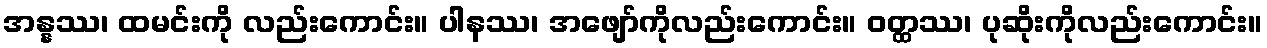
အန္နဿ၊ ထမင်းကို လည်းကောင်း။ ပါနဿ၊ အဖျော်ကိုလည်းကောင်း။ ဝတ္ထဿ၊ ပုဆိုးကိုလည်းကောင်း။